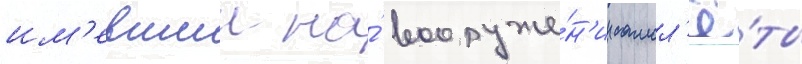
им'евшии на́ вооруже́н'ии самол'ё́ты